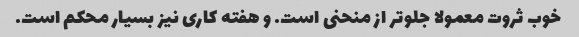
خوب ثروت معمولا جلوتر از منحنی است. و هفته کاری نیز بسیار محکم است.